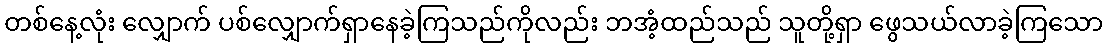
တစ်နေ့လုံး လျှောက် ပစ်လျှောက်ရှာနေခဲ့ကြသည်ကိုလည်း ဘအံ့ထည်သည် သူတို့ရှာ ဖွေသယ်လာခဲ့ကြသော